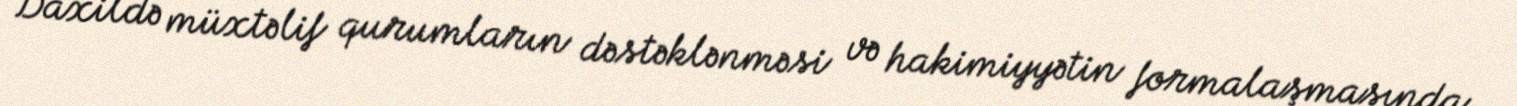
Daxildə müxtəlif qurumların dəstəklənməsi və hakimiyyətin formalaşmasında